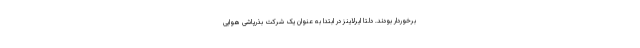
برخوردار بودند. دلتا ایرلاینز در ابتدا به عنوان یک شرکت بذرپاشی هوایی